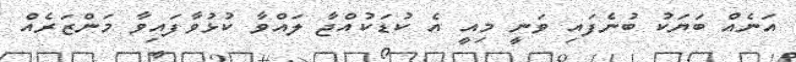
އަނެއް ބަޔަކު ބުނެފައި ވަނީ މިއީ އެ ކުޑަކުއްޖާ ލައްވާ ކުޅުވާފައިވާ މަންޒަރެއް